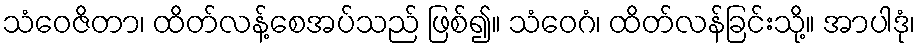
သံဝေဇိတာ၊ ထိတ်လန့်စေအပ်သည် ဖြစ်၍။ သံဝေဂံ၊ ထိတ်လန်ခြင်းသို့။ အာပါဒုံ၊